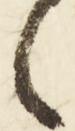
之